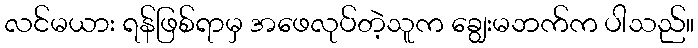
လင်မယား ရန်ဖြစ်ရာမှ အဖေလုပ်တဲ့သူက ချွေးမဘက်က ပါသည်။